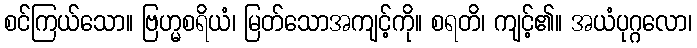
စင်ကြယ်သော။ ဗြဟ္မစရိယံ၊ မြတ်သောအကျင့်ကို။ စရတိ၊ ကျင့်၏။ အယံပုဂ္ဂလော၊